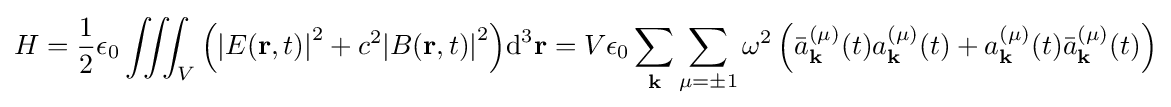
H={\frac {1}{2}}\epsilon _{0}\iiint _{V}{\left({{\left|E(\mathbf {r} ,t)\right|}^{2}}+{{c}^{2}}{{\left|B(\mathbf {r} ,t)\right|}^{2}}\right)}{{\text{d}}^{3}}\mathbf {r} =V\epsilon _{0}\sum _{\mathbf {k} }\sum _{\mu =\pm 1}\omega ^{2}\left({\bar {a}}_{\mathbf {k} }^{(\mu )}(t)a_{\mathbf {k} }^{(\mu )}(t)+a_{\mathbf {k} }^{(\mu )}(t){\bar {a}}_{\mathbf {k} }^{(\mu )}(t)\right)